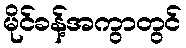
မိုင်ခန့်အကွာတွင်